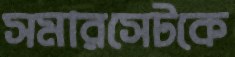
সমারসেটকে